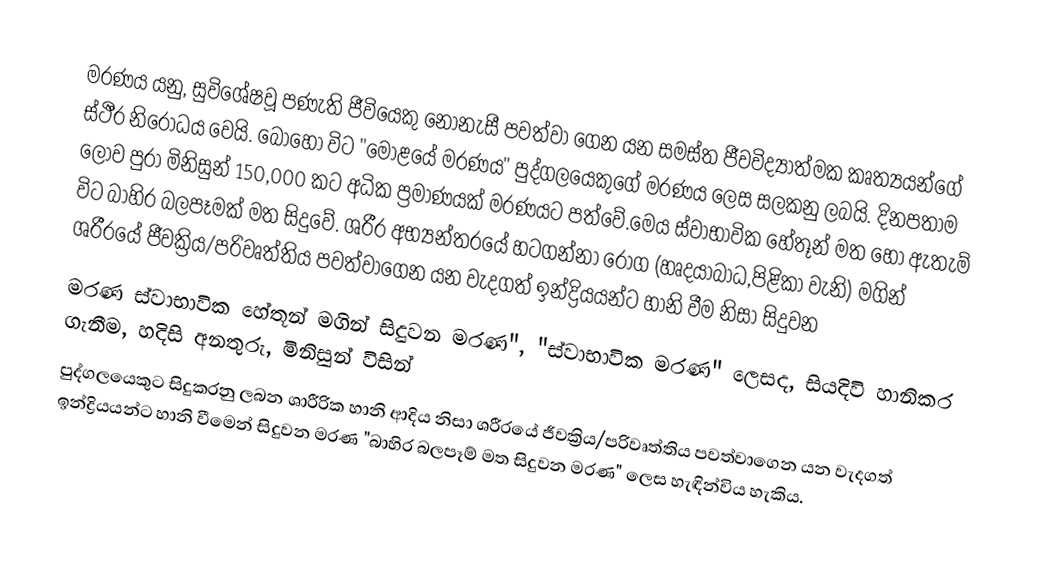
මරණය යනු,  සුවිශේෂවූ පණැති ජීවියෙකු නොනැසී පවත්වා ගෙන යන සමස්ත  ජීවවිද්‍යාත්මක කෘත්‍යයන්ගේ ස්ථීර නිරෝධය වෙයි. බොහෝ විට "මොළයේ මරණය" පුද්ගලයෙකුගේ මරණය ලෙස සලකනු ලබයි. දිනපතාම ලොව පුරා මිනිසුන් 150,000 කට අධික ප්‍රමාණයක් මරණයට පත්වේ.මෙය ස්වාභාවික හේතූන් මත හෝ  ඇතැම් විට බාහිර බලපෑමක් මත සිදුවේ. ශරීර අභ්‍යන්තරයේ හටගන්නා රෝග (හෘදයාබාධ,පිළිකා වැනි) මගින්  ශරීරයේ ජීවක්‍රිය/පරිවෘත්තිය පවත්වාගෙන යන වැදගත් ඉන්ද්‍රියයන්ට හානි වීම නිසා සිදුවන
මරණ ස්වාභාවික හේතූන් මගින් සිදුවන මරණ", "ස්වාභාවික මරණ" ලෙසද, සියදිවි හානිකර ගැනීම, හදිසි අනතුරු, මිනිසුන් විසින්
පුද්ගලයෙකුට සිදුකරනු ලබන ශාරීරික හානි ආදිය නිසා ශරීරයේ ජීවක්‍රිය/පරිවෘත්තිය පවත්වාගෙන යන වැදගත් ඉන්ද්‍රියයන්ට හානි වීමෙන් සිදුවන මරණ "බාහිර බලපෑම් මත සිදුවන මරණ" ලෙස හැඳින්විය හැකිය.